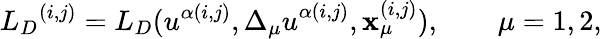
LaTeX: {{L}_{D}}^{(i,j)}={L}_{D}(u^{\alpha(i,j)},{\Delta_{\mu}u}^{\alpha(i,j)},\mathbf{x}_{\mu}^{(i,j)}),\qquad\mu=1,2,